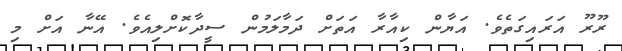
ރޫރޫ އަރައިގަތެވެ. އަޔާން ކިއާރާ އަތަށް ދަމާލަމުން ސީދާކޮށްލިއެވެ. އޭނާ އަށް މި